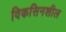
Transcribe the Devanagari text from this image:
विकसिनशील